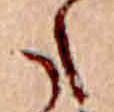
た